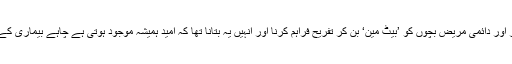
ان کی ویب سائٹ کے مطابق ان کا مشن ’’بیمار اور دائمی مریض بچوں کو ’بیٹ مین‘ بن کر تفریح فراہم کرنا اور انہیں یہ بتانا تھا کہ امید ہمیشہ موجود ہوتی ہے چاہے بیماری کے ساتھ ان کی جنگ کتنی بھی طویل کیوں نہ ہو۔